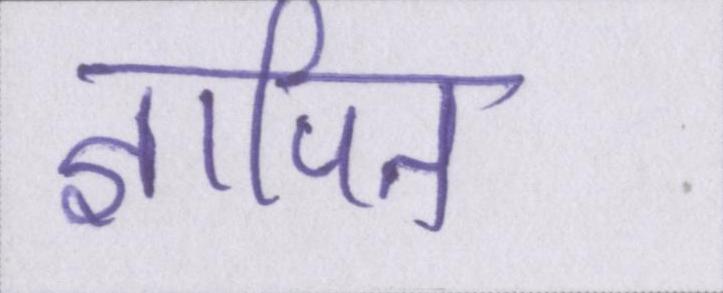
ज्ञापित